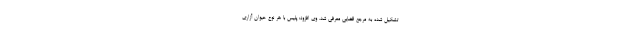
تشکیل شده به مرجع قضایی معرفی شد. وی افزود: پلیس با هر نوع حیوان آزاری